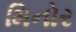
મિનોર